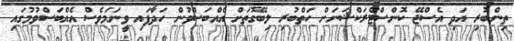
ތިންބުރި އަދި އެސްޖޭ ކޮންސްޓްރަކްޝަނަށް ހަތްބުރި ލިބޭގޮތަށް އެއްބަސްވުން ހަދާފައި ވީނަމަވެސް އެއްބަސްވުމުގައި